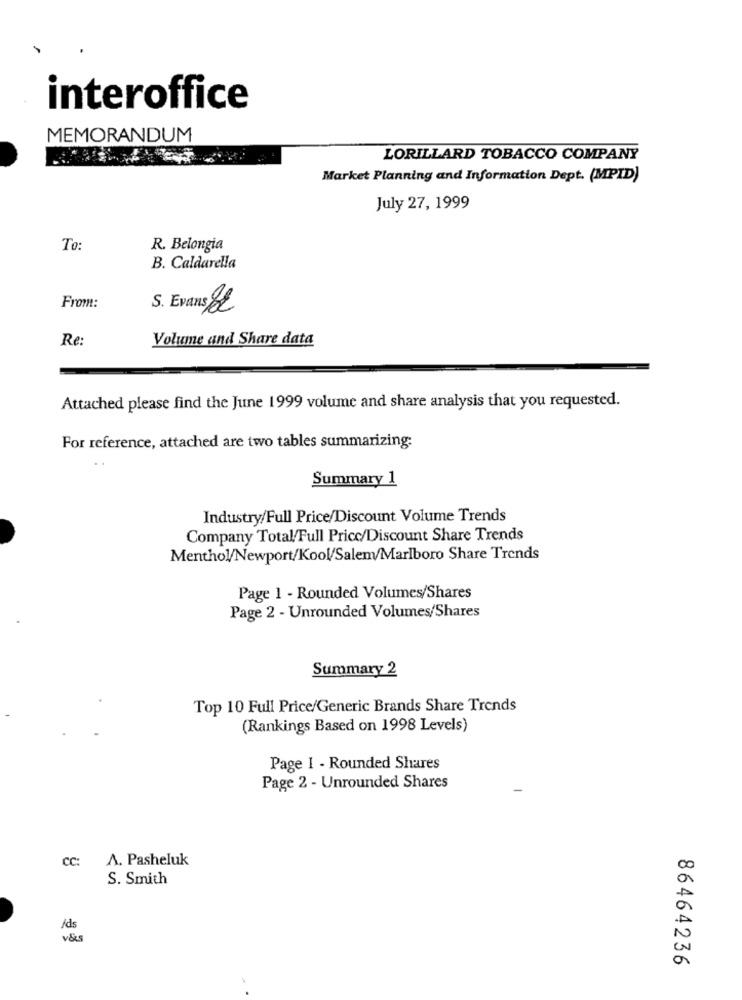
interoffice
MEMORANDUM
LORILLARD TOBACCO COMPANY
Market Planning and Information Dept. (MPID)
July 27, 1999
To:
R. Belongia
B. Caldarella
From:
S. Evans EL
Re:
Volume and Share data
Attached please find the June 1999 volume and share analysis that you requested.
For reference, attached are two tables summarizing:
Summary 1
Industry/Full Price/Discount Volume Trends
Company Total/Full Price/Discount Share Trends
Menthol/Newport/Kool/Salem/Marlboro Share Trends
Page 1 - Rounded Volumes/Shares
Page 2 - Unrounded Volumes/Shares
Summary 2
Top 10 Full Price/Generic Brands Share Trends
(Rankings Based on 1998 Levels)
Page 1 - Rounded Shares
Page 2 - Unrounded Shares
CC:
A. Pasheluk
S. Smith
/ds
86464236